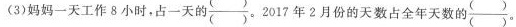
(3)妈妈一天工作8小时，占一天的\frac{()}{()} 。2017年2月份的天数占全年天数的\frac{()}{()} 。